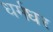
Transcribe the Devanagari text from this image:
धर्मधर